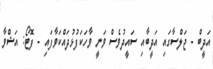
އަދީބް - ޖަލްސާގައި އަދީބާއި ސައީދުވެސް ވަނީ ވާހަކަފުޅުދައްކަވާފައި - ފޮޓޯ: އަޝްވާ